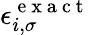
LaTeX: \epsilon_{i,\sigma}^{\mathrm{~e~x~a~c~t~}}